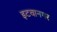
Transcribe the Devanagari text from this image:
इटवानगर